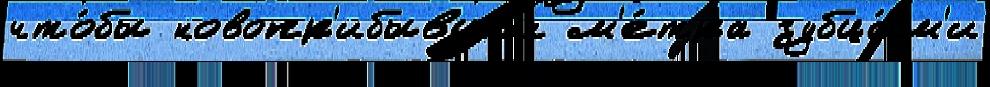
что́бы новопр'ибывших м'е́тра зубца́м'и